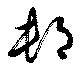
邨